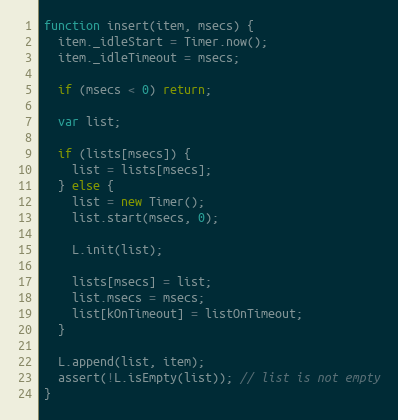
Language: JavaScript
function insert(item, msecs) {
  item._idleStart = Timer.now();
  item._idleTimeout = msecs;

  if (msecs < 0) return;

  var list;

  if (lists[msecs]) {
    list = lists[msecs];
  } else {
    list = new Timer();
    list.start(msecs, 0);

    L.init(list);

    lists[msecs] = list;
    list.msecs = msecs;
    list[kOnTimeout] = listOnTimeout;
  }

  L.append(list, item);
  assert(!L.isEmpty(list)); // list is not empty
}